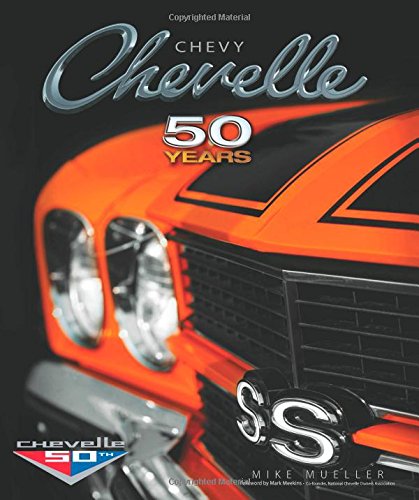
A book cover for Chevy Chevelle Fifty Years; Mike Mueller; Engineering & Transportation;